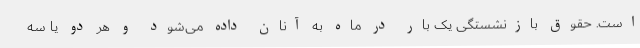
است. حقوق بازنشستگی یک بار در ماه به آنان داده می‌شود و هر دو یا سه